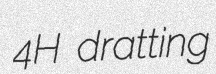
4H dratting